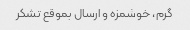
گرم، خوشمزه و ارسال بموقع تشکر